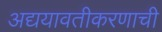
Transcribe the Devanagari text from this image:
अद्ययावतीकरणाची